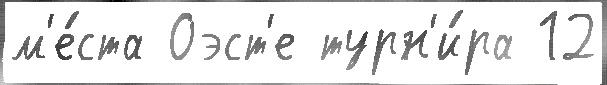
м'е́ста Оэст'е турн'и́ра 12